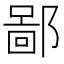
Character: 鄙